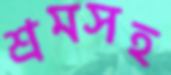
শ্রমসহ